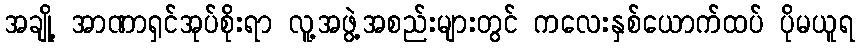
အချို့ အာဏာရှင်အုပ်စိုးရာ လူ့အဖွဲ့အစည်းများတွင် ကလေးနှစ်ယောက်ထပ် ပိုမယူရ